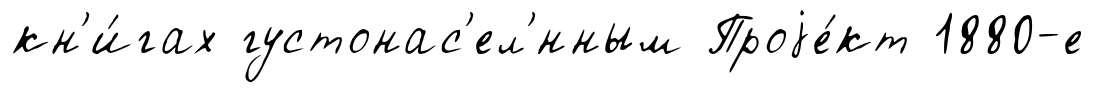
кн'и́гах густонас'ел'́нным Проjе́кт 1880-е